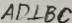
A D \bot B C